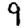
Digit: 9